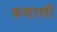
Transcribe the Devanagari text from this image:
कशाशीं